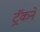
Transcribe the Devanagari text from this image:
ट्रॅकने